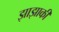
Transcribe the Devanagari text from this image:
झाझाकी